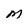
Character: M